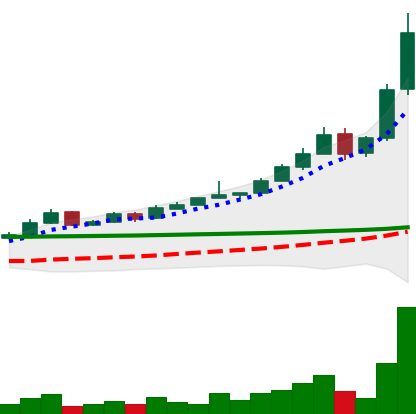
Ticker: BTC-USD
Chart end date: 2015-11-03
Forward return: -7.449%
Label: down_7plus